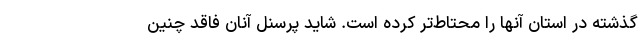
گذشته در استان آنها را محتاط‌تر کرده است. شاید پرسنل آنان فاقد چنین